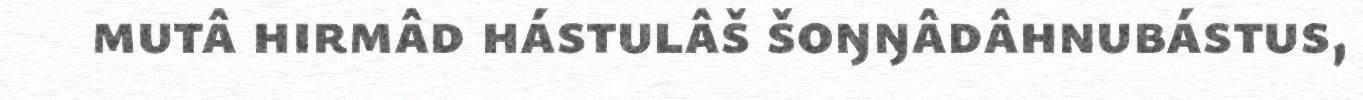
mutâ hirmâd hástulâš šoŋŋâdâhnubástus,